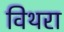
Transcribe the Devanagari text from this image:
विथरा